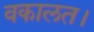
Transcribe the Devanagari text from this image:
वकालत।